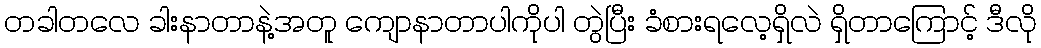
တခါတလေ ခါးနာတာနဲ့အတူ ကျောနာတာပါကိုပါ တွဲပြီး ခံစားရလေ့ရှိလဲ ရှိတာကြောင့် ဒီလို